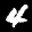
Label: 4